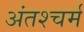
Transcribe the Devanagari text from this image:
अंतश्चर्म